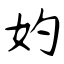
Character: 妁